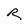
Character: R